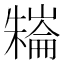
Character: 𣜱